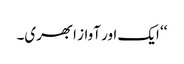
‘‘ ایک اور آواز ابھری۔